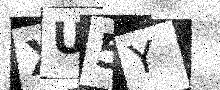
Text: XU5Y